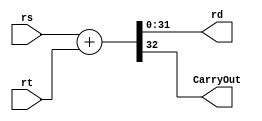

module adder(rs, rt, rd, CarryOut);
	input [31:0] rs, rt;
	output [31:0] rd;
	output CarryOut;
	assign {CarryOut,rd} = rs + rt ;
endmodule